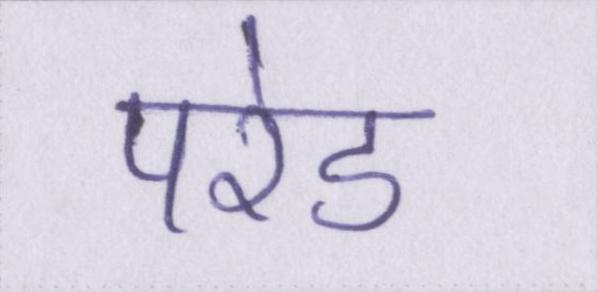
परेड